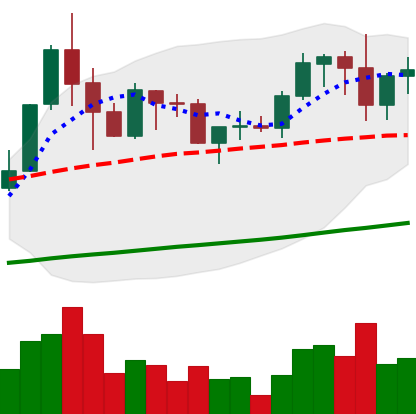
Ticker: ADA-USD
Chart end date: 2019-06-01
Forward return: -7.799%
Label: down_7plus